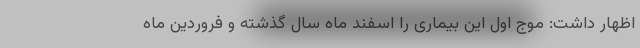
اظهار داشت: موج اول این بیماری را اسفند ماه سال گذشته و فروردین ماه